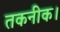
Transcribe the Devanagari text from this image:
तकनीक।